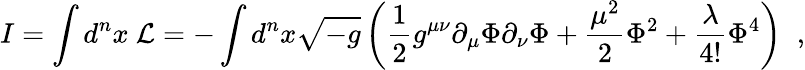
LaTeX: I=\int d^{n}x~{\cal L}=-\int d^{n}x\sqrt{-g}\left(\frac{1}{2}g^{\mu\nu}\partial_{\mu}\Phi\partial_{\nu}\Phi+\frac{\mu^{2}}{2}\Phi^{2}+\frac{\lambda}{4!}\Phi^{4}\right)\; \; ,